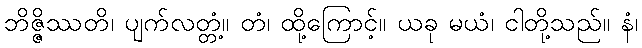
ဘိဇ္ဇိဿတိ၊ ပျက်လတ္တံ့။ တံ၊ ထို့ကြောင့်။ ယခု မယံ၊ ငါတို့သည်။ နံ၊